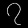
Digit: ၇